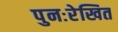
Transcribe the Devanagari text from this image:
पुनःरेखित